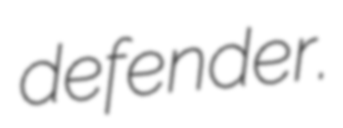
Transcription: defender.